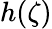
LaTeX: h(\zeta)